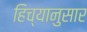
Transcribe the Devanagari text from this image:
हिच्यानुसार